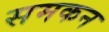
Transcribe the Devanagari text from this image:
समकन